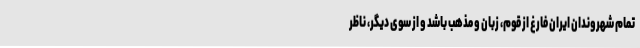
تمام شهروندان ایران فارغ از قوم، زبان و مذهب باشد و از سوی دیگر، ناظر